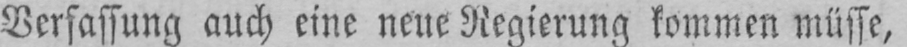
Verfassung auch eine neue Regierung kommen müsse,